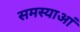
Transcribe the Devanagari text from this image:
समस्याआं